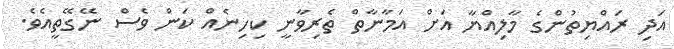
އަދި ރައްޔިތުންގެ މާލިއްޔާ އަށް އަމާނާތް ތެރިވާނީ ކިހިނެއް ކަން ވެސް ނޭގޭތީއެވެ.